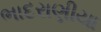
ભાદરાણીયા